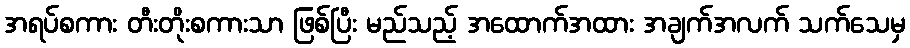
အရပ်စကား တီးတိုးစကားသာ ဖြစ်ပြီး မည်သည့် အထောက်အထား အချက်အလက် သက်သေမှ